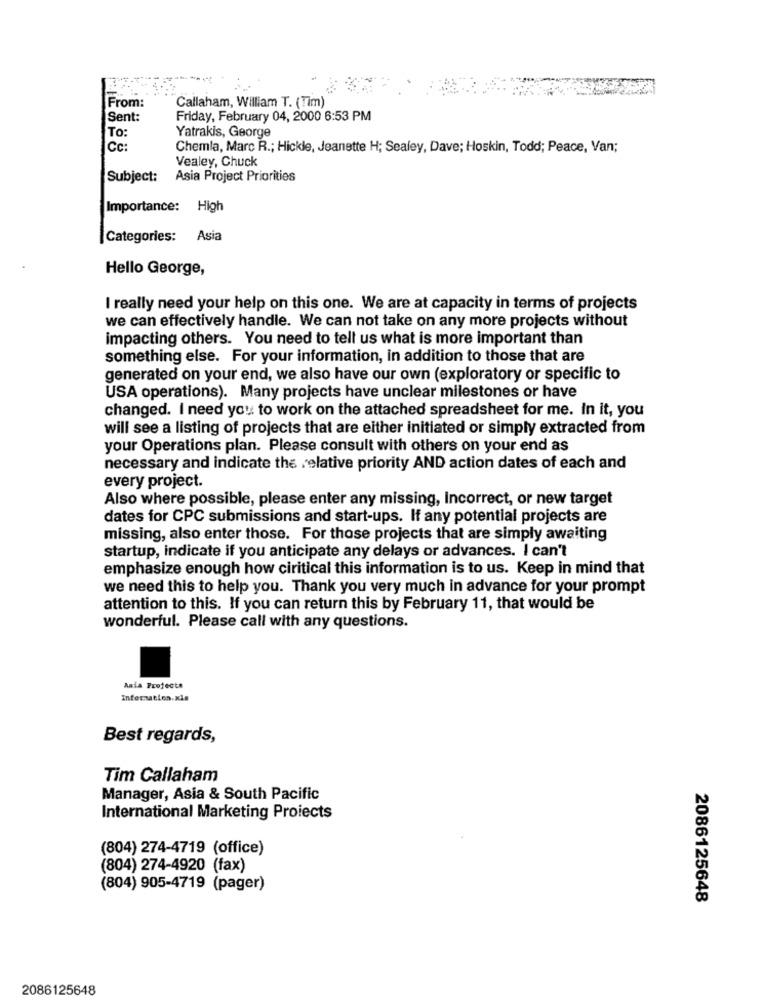
From:
Callaham, William T. (Tim)
Sent:
Friday, February 04, 2000 6:53 PM
To:
Yatrakis, George
Cc:
Chemla, Marc R .; Hickle, Jeanette H; Sealey, Dave; Hoskin, Todd; Peace, Van;
Vealey, Chuck
Subject:
Asia Project Priorities
Importance:
High
Categories: Asia
Hello George,
I really need your help on this one. We are at capacity in terms of projects
we can effectively handle. We can not take on any more projects without
impacting others. You need to tell us what is more important than
something else. For your information, in addition to those that are
generated on your end, we also have our own (exploratory or specific to
USA operations). Many projects have unclear milestones or have
changed. I need you to work on the attached spreadsheet for me. In it, you
will see a listing of projects that are either initiated or simply extracted from
your Operations plan. Please consult with others on your end as
necessary and indicate the relative priority AND action dates of each and
every project.
Also where possible, please enter any missing, Incorrect, or new target
dates for CPC submissions and start-ups. If any potential projects are
missing, also enter those. For those projects that are simply awaiting
startup, indicate if you anticipate any delays or advances. I can't
emphasize enough how ciritical this information is to us. Keep in mind that
we need this to help you. Thank you very much in advance for your prompt
attention to this. If you can return this by February 11, that would be
wonderful. Please call with any questions.
Asia Projecta
Information.xls
Best regards,
Tim Callaham
Manager, Asia & South Pacific
International Marketing Proiects
(804) 274-4719 (office)
(804) 274-4920 (fax)
(804) 905-4719 (pager)
2086125648
2086125648